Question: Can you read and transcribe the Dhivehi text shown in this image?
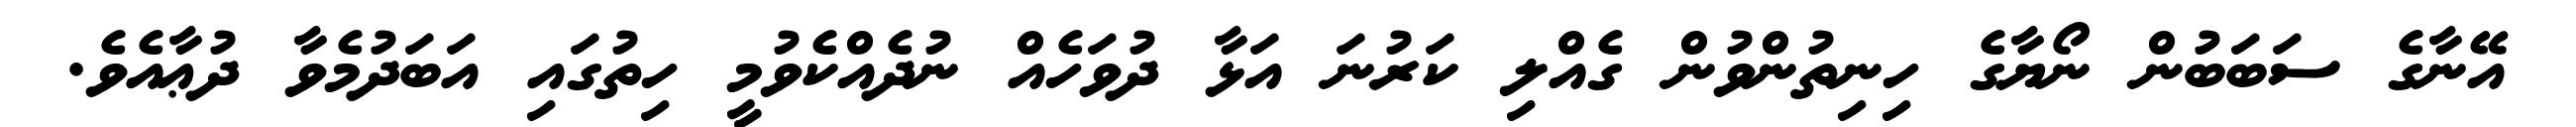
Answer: އޭނާގެ ސަބަބުން ނޯޔާގެ ހިނިތުންވުން ގެއްލި ކަރުނަ އަޅާ ދުވަހެއް ނުދެއްކެވުމީ ހިތުގައި އަބަދުމެވާ ދުޢާއެވެ.